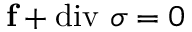
\mathbf { f } + \operatorname { d i v } \, \sigma = 0